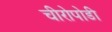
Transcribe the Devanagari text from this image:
चीरोपोडी